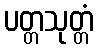
ပတ္တသုတ္တံ